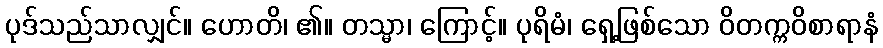
ပုဒ်သည်သာလျှင်။ ဟောတိ၊ ၏။ တသ္မာ၊ ကြောင့်။ ပုရိမံ၊ ရှေ့ဖြစ်သော ဝိတက္ကဝိစာရာနံ